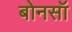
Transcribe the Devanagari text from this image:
बोनसॉ